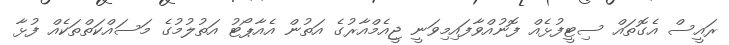
ރައީސް އެގޮތައް ސިޓީފުޅެއް ފޮނުއްވާފައިމިވަނީ ޖީއެމްއާރުގެ އަތުން އެއާޕޯޓު އަތުލުމުގެ މަސައްކަތްތަކެއް ފުޅާ